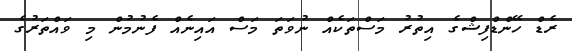
ރެޑް ހޭންޑްފިޝްގެ އިތުރު މަސްތަކެއް ނުވަތަ މަސް އައިނެއް ފެނުމުން މި ވައްތަރުގެ